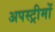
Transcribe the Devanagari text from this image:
अपस्ट्रीमों